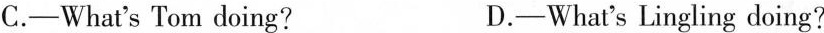
C.-What's Tom doing? D.-What's Lingling doing?